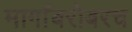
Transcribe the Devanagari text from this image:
मार्गांबरोबरच